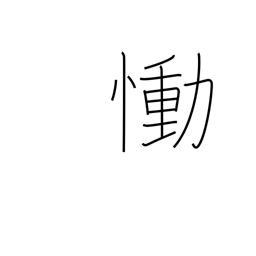
Meaning: grieve